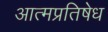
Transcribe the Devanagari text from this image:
आत्मप्रतिषेध